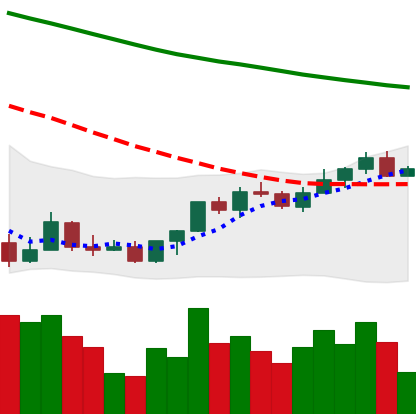
Ticker: LINK-USD
Chart end date: 2022-03-26
Forward return: 6.883%
Label: up_5_7